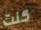
كنت